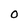
Character: O